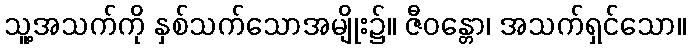
သူ့အသက်ကို နှစ်သက်သောအမျိုး၌။ ဇီဝန္တော၊ အသက်ရှင်သော။